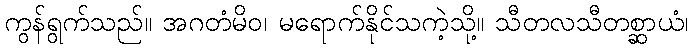
ကွန်ရွက်သည်။ အဂတံမိဝ၊ မရောက်နိုင်သကဲ့သို့။ သီတလသီတစ္ဆာယံ၊